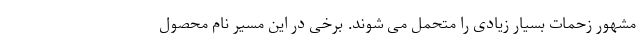
مشهور زحمات بسیار زیادی را متحمل می شوند. برخی در این مسیر نام محصول